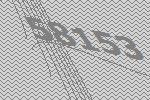
58153